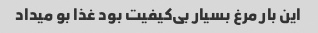
این بار مرغ بسیار بی‌کیفیت بود غذا بو میداد